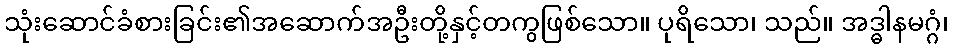
သုံးဆောင်ခံစားခြင်း၏အဆောက်အဦးတို့နှင့်တကွဖြစ်သော။ ပုရိသော၊ သည်။ အဒ္ဓါနမဂ္ဂံ၊